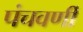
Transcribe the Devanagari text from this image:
पंचवर्णी